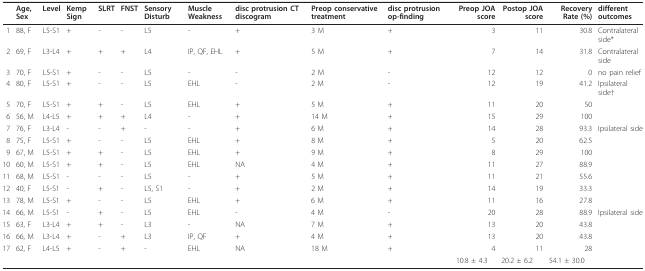
<table><thead><tr><td></td><td><b>Age, Sex</b></td><td><b>Level</b></td><td><b>Kemp Sign</b></td><td><b>SLRT</b></td><td><b>FNST</b></td><td><b>Sensory Disturb</b></td><td><b>Muscle Weakness</b></td><td><b>disc protrusion CT discogram</b></td><td><b>Preop conservative treatment</b></td><td><b>disc protrusion op-finding</b></td><td><b>Preop JOA score</b></td><td><b>Postop JOA score</b></td><td><b>Recovery Rate (%)</b></td><td><b>different outcomes</b></td></tr></thead><tbody><tr><td>1</td><td>88, F</td><td>L5-S1</td><td>+</td><td>-</td><td>-</td><td>L5</td><td>-</td><td>+</td><td>3 M</td><td>+</td><td>3</td><td>11</td><td>30.8</td><td>Contralateral side*</td></tr><tr><td>2</td><td>69, F</td><td>L3-L4</td><td>+</td><td>+</td><td>+</td><td>L4</td><td>IP, QF, EHL</td><td>+</td><td>5 M</td><td>+</td><td>7</td><td>14</td><td>31.8</td><td>Contralateral side</td></tr><tr><td>3</td><td>70, F</td><td>L5-S1</td><td>+</td><td>-</td><td>-</td><td>L5</td><td>-</td><td>-</td><td>2 M</td><td>-</td><td>12</td><td>12</td><td>0</td><td>no pain relief</td></tr><tr><td>4</td><td>80, F</td><td>L5-S1</td><td>+</td><td>-</td><td>-</td><td>L5</td><td>EHL</td><td>-</td><td>2 M</td><td>-</td><td>12</td><td>19</td><td>41.2</td><td>Ipsilateral side†</td></tr><tr><td>5</td><td>70, F</td><td>L5-S1</td><td>+</td><td>+</td><td>-</td><td>L5</td><td>EHL</td><td>+</td><td>5 M</td><td>+</td><td>11</td><td>20</td><td>50</td><td></td></tr><tr><td>6</td><td>56, M</td><td>L4-L5</td><td>+</td><td>+</td><td>+</td><td>L4</td><td>-</td><td>+</td><td>14 M</td><td>+</td><td>15</td><td>29</td><td>100</td><td></td></tr><tr><td>7</td><td>76, F</td><td>L3-L4</td><td>-</td><td>-</td><td>+</td><td>-</td><td>-</td><td>+</td><td>6 M</td><td>+</td><td>14</td><td>28</td><td>93.3</td><td>Ipsilateral side</td></tr><tr><td>8</td><td>75, F</td><td>L5-S1</td><td>+</td><td>-</td><td>-</td><td>L5</td><td>EHL</td><td>+</td><td>8 M</td><td>+</td><td>5</td><td>20</td><td>62.5</td><td></td></tr><tr><td>9</td><td>67, M</td><td>L5-S1</td><td>+</td><td>+</td><td>-</td><td>L5</td><td>EHL</td><td>+</td><td>9 M</td><td>+</td><td>8</td><td>29</td><td>100</td><td></td></tr><tr><td>10</td><td>60, M</td><td>L5-S1</td><td>+</td><td>+</td><td>-</td><td>L5</td><td>EHL</td><td>NA</td><td>4 M</td><td>+</td><td>11</td><td>27</td><td>88.9</td><td></td></tr><tr><td>11</td><td>68, M</td><td>L5-S1</td><td>-</td><td>-</td><td>-</td><td>L5</td><td>-</td><td>+</td><td>5 M</td><td>+</td><td>11</td><td>21</td><td>55.6</td><td></td></tr><tr><td>12</td><td>40, F</td><td>L5-S1</td><td>-</td><td>+</td><td>-</td><td>L5, S1</td><td>-</td><td>+</td><td>2 M</td><td>+</td><td>14</td><td>19</td><td>33.3</td><td></td></tr><tr><td>13</td><td>78, M</td><td>L5-S1</td><td>+</td><td>-</td><td>-</td><td>L5</td><td>EHL</td><td>+</td><td>6 M</td><td>+</td><td>11</td><td>16</td><td>27.8</td><td></td></tr><tr><td>14</td><td>66, M</td><td>L5-S1</td><td>-</td><td>+</td><td>-</td><td>L5</td><td>EHL</td><td>-</td><td>4 M</td><td>-</td><td>20</td><td>28</td><td>88.9</td><td>Ipsilateral side</td></tr><tr><td>15</td><td>63, F</td><td>L3-L4</td><td>+</td><td>+</td><td>-</td><td>L3</td><td>-</td><td>NA</td><td>7 M</td><td>+</td><td>13</td><td>20</td><td>43.8</td><td></td></tr><tr><td>16</td><td>66, M</td><td>L3-L4</td><td>+</td><td>-</td><td>+</td><td>L3</td><td>IP, QF</td><td>+</td><td>4 M</td><td>+</td><td>13</td><td>20</td><td>43.8</td><td></td></tr><tr><td>17</td><td>62, F</td><td>L4-L5</td><td>+</td><td>-</td><td>+</td><td>-</td><td>EHL</td><td>NA</td><td>18 M</td><td>+</td><td>4</td><td>11</td><td>28</td><td></td></tr><tr><td></td><td></td><td></td><td></td><td></td><td></td><td></td><td></td><td></td><td></td><td></td><td>10.8 ± 4.3</td><td>20.2 ± 6.2</td><td>54.1 ± 30.0</td><td></td></tr></tbody></table>